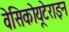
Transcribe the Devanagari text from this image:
वेसिकोयूटेराइन